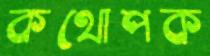
কথোপক